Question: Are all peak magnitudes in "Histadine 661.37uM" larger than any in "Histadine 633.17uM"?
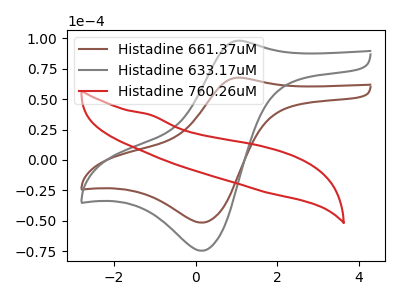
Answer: <think>The brown curve "Histadine 661.37uM" has an anodic peak at (1.05V, 67.75uA) and a cathodic peak at (0.15V, -51.60uA). The gray curve "Histadine 633.17uM" has an anodic peak at (1.05V, 98.15uA) and a cathodic peak at (0.15V, -74.75uA). The red curve "Histadine 760.26uM" has no peaks.</think>
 <answer>Every peak in "Histadine 661.37uM" is lower than every peak in "Histadine 633.17uM".</answer>
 <eval>lower</eval>